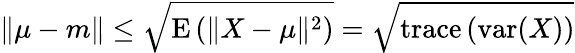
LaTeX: \| \mu-m\| \leq{\sqrt{\operatorname{E}\left(\| X-\mu\| ^{2}\right)}}={\sqrt{\operatorname{trace}\left(\operatorname{var}(X)\right)}}